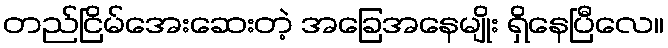
တည်ငြိမ်အေးဆေးတဲ့ အခြေအနေမျိုး ရှိနေပြီလေ။